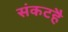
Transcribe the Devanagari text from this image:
संकटहै